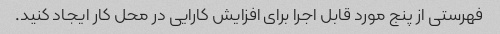
فهرستی از پنج مورد قابل اجرا برای افزایش کارایی در محل کار ایجاد کنید.